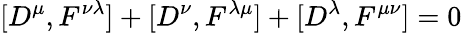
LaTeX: \lbrack D^{\mu},F^{\nu\lambda}]+[D^{\nu},F^{\lambda\mu}]+[D^{\lambda},F^{\mu\nu}]=0